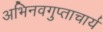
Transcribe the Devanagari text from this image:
अभिनवगुप्ताचार्य